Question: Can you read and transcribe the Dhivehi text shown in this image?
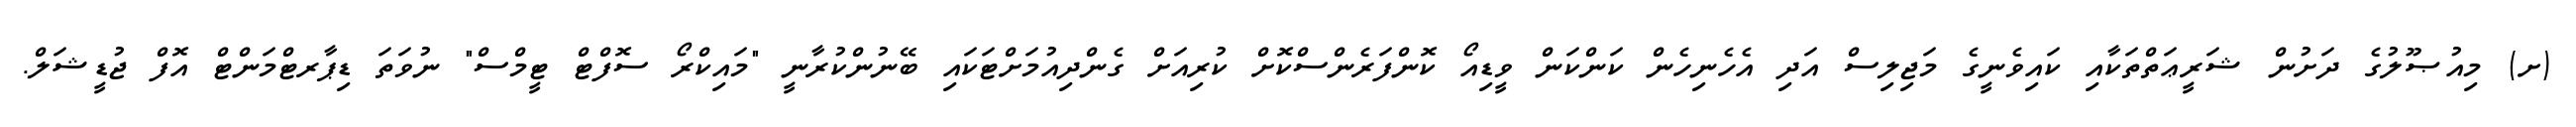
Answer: (ށ) މިއުޞޫލުގެ ދަށުން ޝަރީޢަތްތަކާއި ކައިވެނީގެ މަޖިލިސް އަދި އެހެނިހެން ކަންކަން ވީޑިއޯ ކޮންފަރެންސްކޮށް ކުރިއަށް ގެންދިއުމަށްޓަކައި ބޭނުންކުރާނީ "މައިކްރޯ ސޮފްޓް ޓީމްސް" ނުވަތަ ޑިޕާރޓްމަންޓް އޮފް ޖުޑީޝަލް.